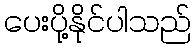
ပေးပို့နိုင်ပါသည်